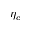
\eta _ { c }